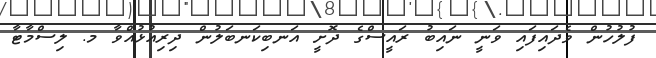
ފުލުހުން ވެދައިފައި ވަނީ ނައިބު ރައީސްގެ ދޮށީ އަނބިކަނބަލުން ދިރިއުޅުއްވާ މ. ލިސްމާޓާ